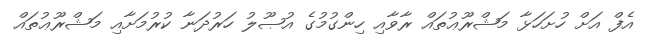
އެފް އަށް ހުށަހަޅާ މަޝްރޫޢުތައް ރާވާއި ހިންގުމުގެ އުޞޫލު ހަރުދަނާ ކުރުމަށާއި މަޝްރޫޢުތައް